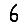
Digit: 6